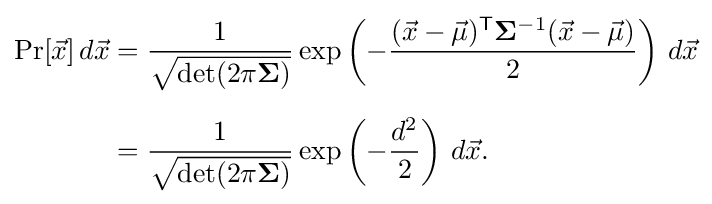
{\begin{aligned}\Pr[{\vec {x}}]\,d{\vec {x}}&={\frac {1}{\sqrt {\det(2\pi \mathbf {\Sigma } )}}}\exp \left(-{\frac {({\vec {x}}-{\vec {\mu }})^{\mathsf {T}}\mathbf {\Sigma } ^{-1}({\vec {x}}-{\vec {\mu }})}{2}}\right)\,d{\vec {x}}\\[6pt]&={\frac {1}{\sqrt {\det(2\pi \mathbf {\Sigma } )}}}\exp \left(-{\frac {d^{2}}{2}}\right)\,d{\vec {x}}.\end{aligned}}